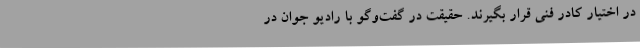
در اختیار کادر فنی قرار بگیرند. حقیقت در گفت‌وگو با رادیو جوان در